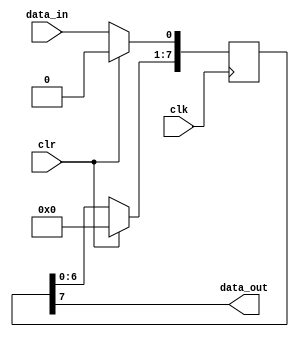
`timescale 1ns / 1ps
//////////////////////////////////////////////////////////////////////////////////
// Company: 
// Engineer: 
// 
// Design Name: 
// Module Name: SISO
// Project Name: 
// Target Devices: 
// Tool Versions: 
// Description: 
// 
// Dependencies: 
// 
// Revision:
// Revision 0.01 - File Created
// Additional Comments:
// 
//////////////////////////////////////////////////////////////////////////////////


module SISO(
input data_in, clk, clr,
output data_out
);

reg [7:0] q = 8'b00000000;

always@(posedge clk)
begin
  if (clr)
    q <= 8'b00000000;
  else
    begin
      q <= q << 1;
      q[0] <= data_in;
    end  
end

assign data_out = q[7];
endmodule